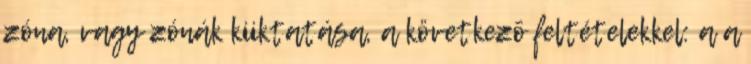
zóna, vagy zónák kiiktatása, a következõ feltételekkel: a a